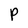
Character: P